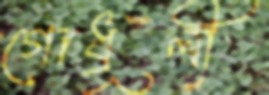
গোধূলী